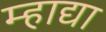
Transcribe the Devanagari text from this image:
म्हाद्या